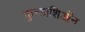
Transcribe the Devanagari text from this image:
फ़ुन्डाशिऑन